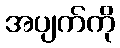
အပျက်ကို